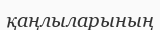
қаңлыларының